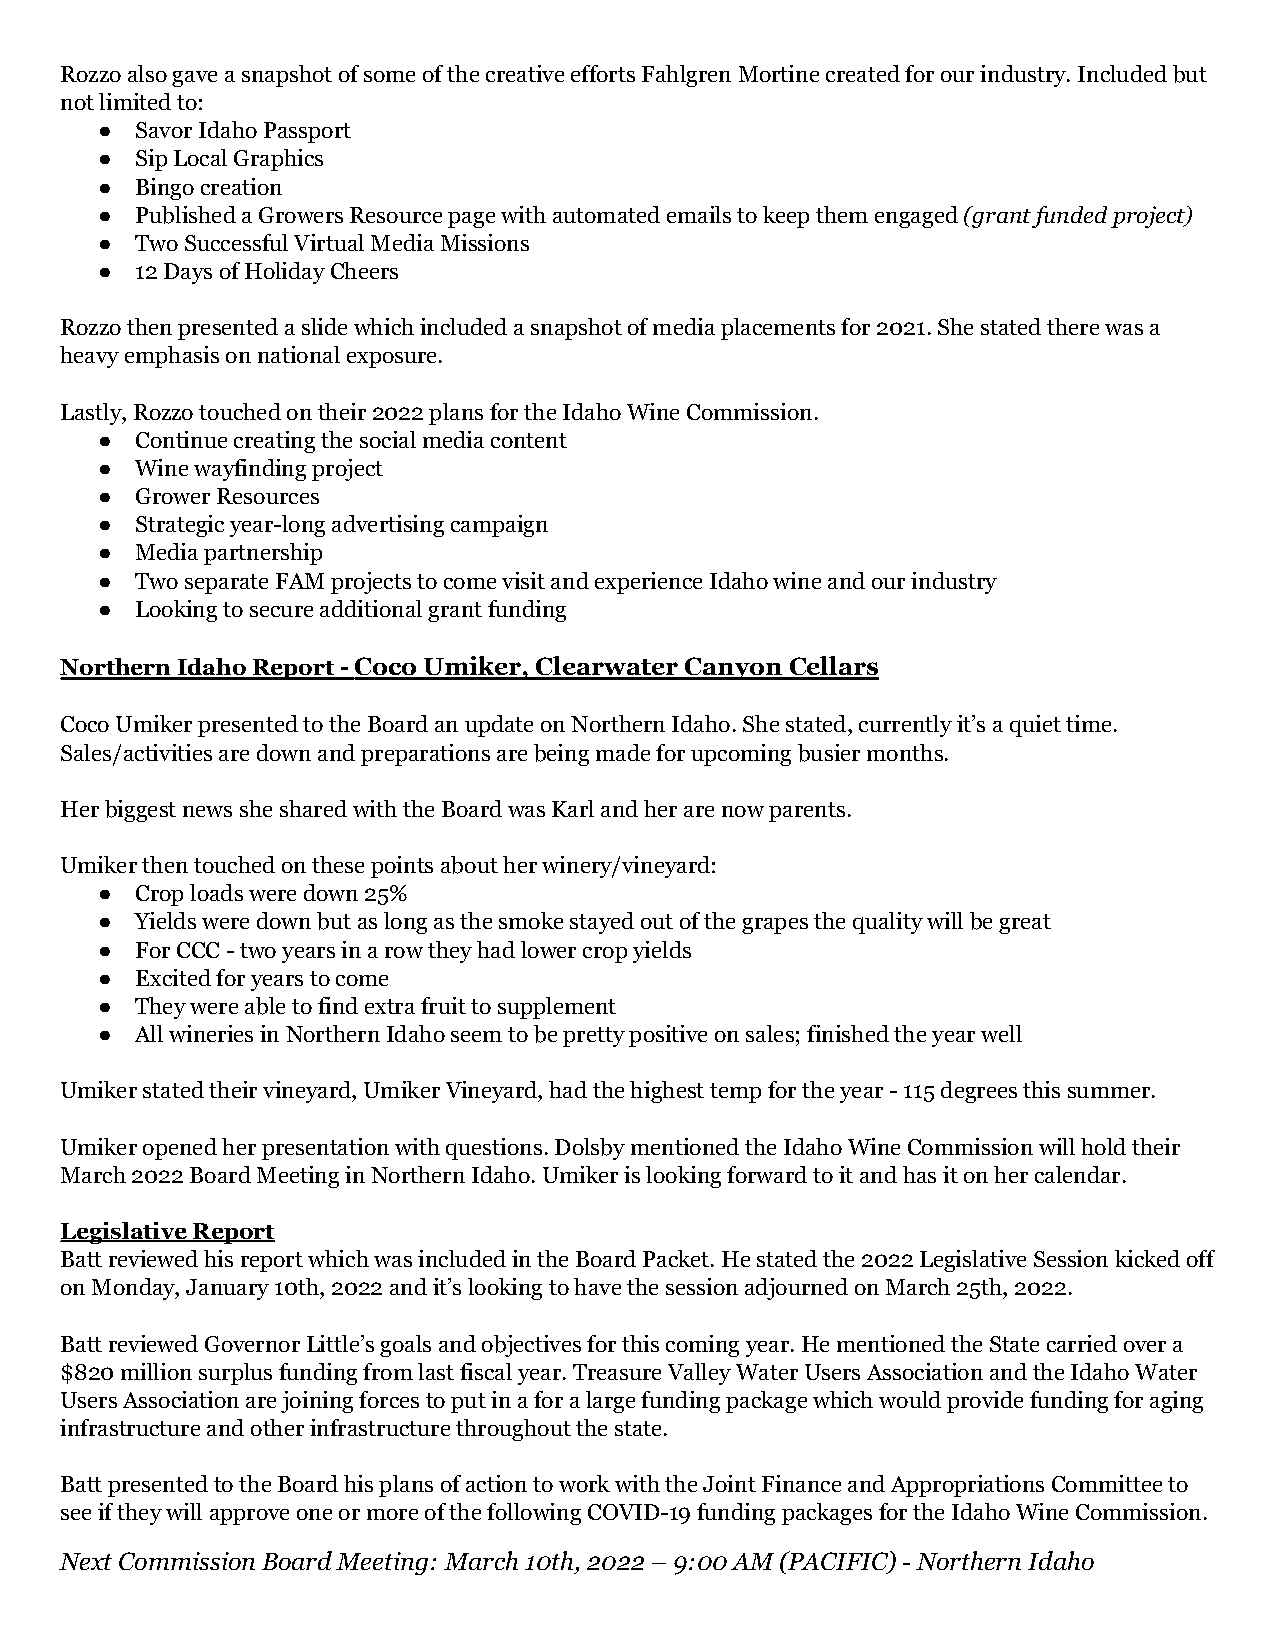
Rozzo also gave a snapshot of some of the creative efforts Fahlgren Mortine created for our industry. Included but
 not limited to:
 ●  Savor Idaho Passport
 ●  Sip Local Graphics
 ●  Bingo creation
 ●  Published a Growers Resource page with automated emails to keep them engaged(grant funded project)
 ●  Two Successful Virtual Media Missions
 ●  12 Days of Holiday Cheers
 Rozzo then presented a slide which included a snapshot of media placements for 2021. She stated there was a
 heavy emphasis on national exposure.
 Lastly, Rozzo touched on their 2022 plans for the Idaho Wine Commission.
 ●  Continue creating the social media content
 ●  Wine wayfinding project
 ●  Grower Resources
 ●  Strategic year-long advertising campaign
 ●  Media partnership
 ●  Two separate FAM projects to come visit and experience Idaho wine and our industry
 ●  Looking to secure additional grant funding
 Northern Idaho Report -Coco Umiker, Clearwater Canyon Cellars
 Coco Umiker presented to the Board an update on Northern Idaho. She stated, currently it’s a quiet time.
 Sales/activities are down and preparations are being made for upcoming busier months.
 Her biggest news she shared with the Board was Karl and her are now parents.
 Umiker then touched on these points about her winery/vineyard:
 ●  Crop loads were down 25%
 ●  Yields were down but as long as the smoke stayed out of the grapes the quality will be great
 ●  For CCC - two years in a row they had lower crop yields
 ●  Excited for years to come
 ●  They were able to find extra fruit to supplement
 ●  All wineries in Northern Idaho seem to be pretty positive on sales; finished the year well
 Umiker stated their vineyard, Umiker Vineyard, had the highest temp for the year - 115 degrees this summer.
 Umiker opened her presentation with questions. Dolsby mentioned the Idaho Wine Commission will hold their
 March 2022 Board Meeting in Northern Idaho. Umiker is looking forward to it and has it on her calendar.
 Legislative Report
 Batt reviewed his report which was included in the Board Packet. He stated the 2022 Legislative Session kicked off
 on Monday, January 10th, 2022 and it’s looking to have the session adjourned on March 25th, 2022.
 Batt reviewed Governor Little’s goals and objectives for this coming year. He mentioned the State carried over a
 $820 million surplus funding from last fiscal year. Treasure Valley Water Users Association and the Idaho Water
 Users Association are joining forces to put in a for a large funding package which would provide funding for aging
 infrastructure and other infrastructure throughout the state.
 Batt presented to the Board his plans of action to work with the Joint Finance and Appropriations Committee to
 see if they will approve one or more of the following COVID-19 funding packages for the Idaho Wine Commission.
 Next Commission Board Meeting: March 10th, 2022 – 9:00 AM (PACIFIC) - Northern Idaho